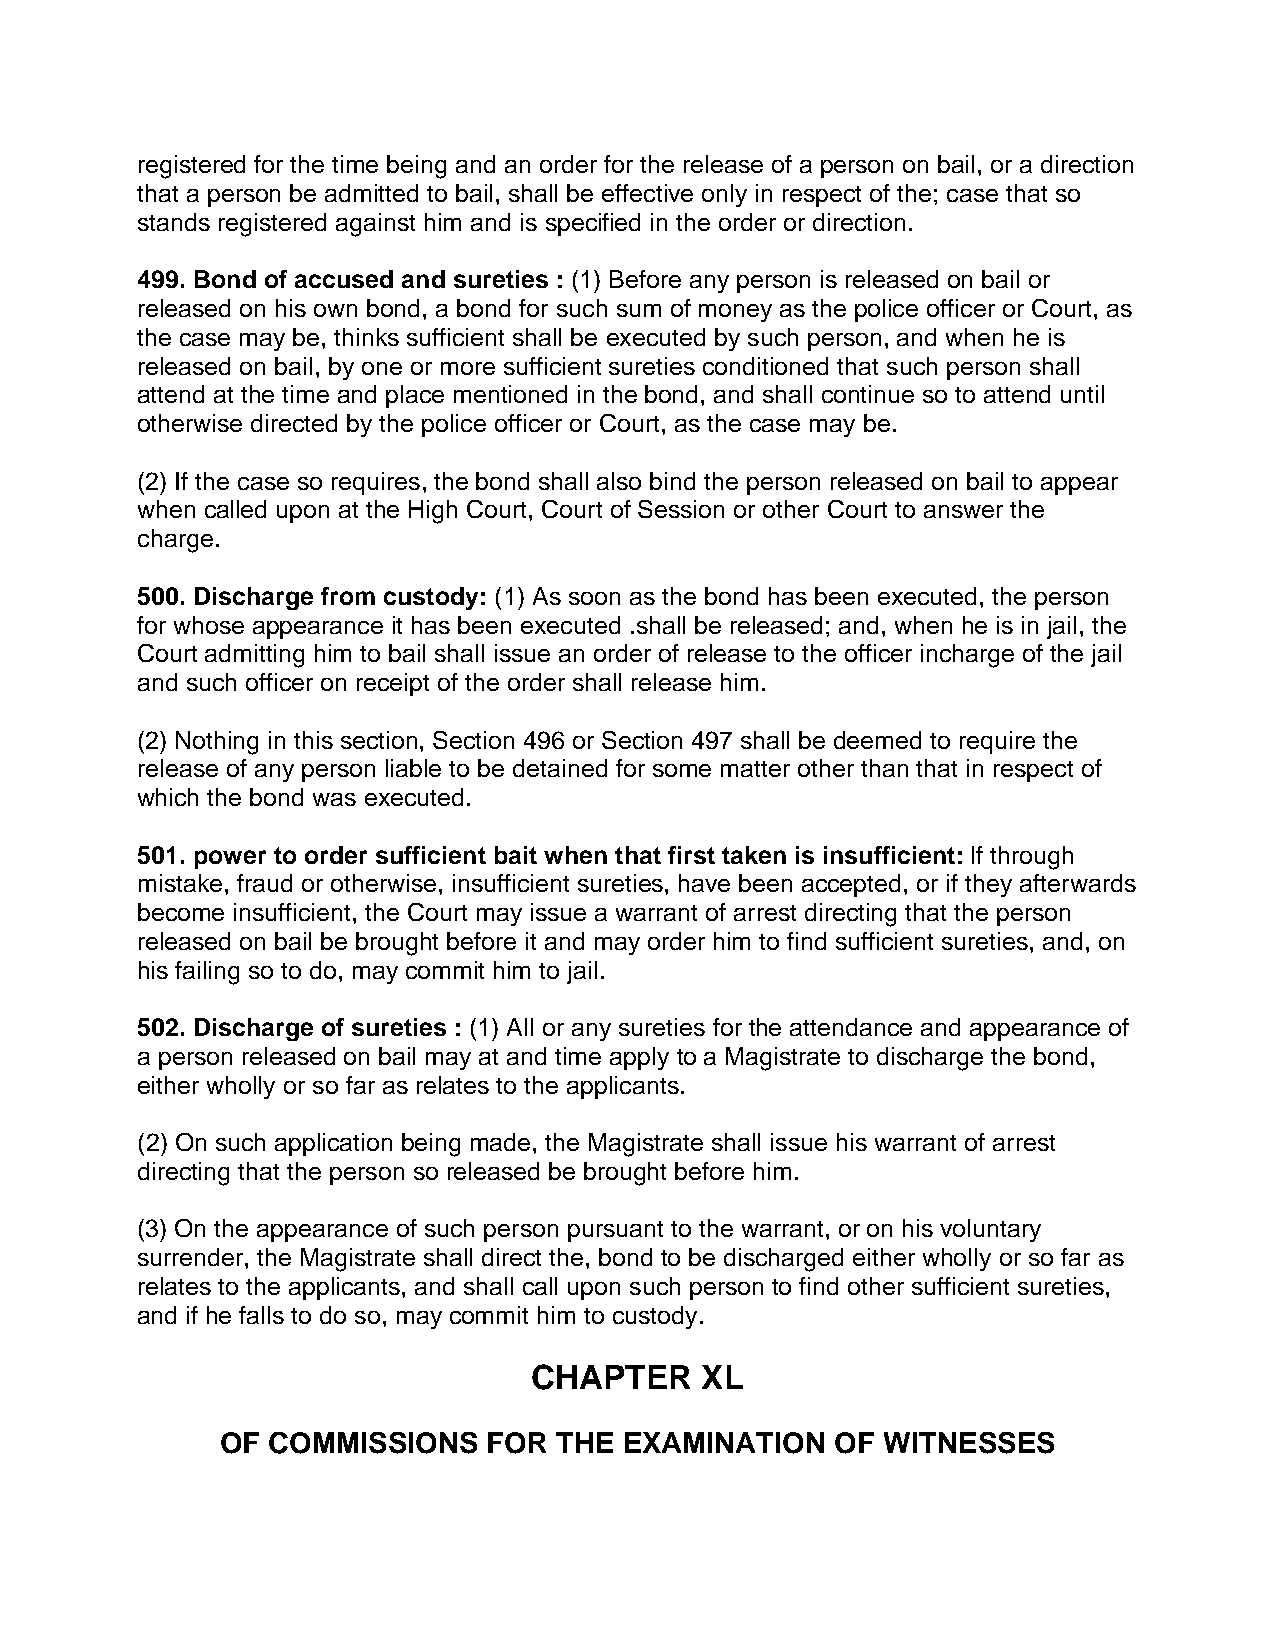
registered for the time being and an order for the release of a person on bail, or a direction
 that a person be admitted to bail, shall be effective only in respect of the; case that so
 stands registered against him and is specified in the order or direction.
 499. Bond of accused and sureties : (1) Before any person is released on bail or
 released on his own bond, a bond for such sum of money as the police officer or Court, as
 the case may be, thinks sufficient shall be executed by such person, and when he is
 released on bail, by one or more sufficient sureties conditioned that such person shall
 attend at the time and place mentioned in the bond, and shall continue so to attend until
 otherwise directed by the police officer or Court, as the case may be.
 (2) If the case so requires, the bond shall also bind the person released on bail to appear
 when called upon at the High Court, Court of Session or other Court to answer the
 charge.
 500. Discharge from custody: (1) As soon as the bond has been executed, the person
 for whose appearance it has been executed .shall be released; and, when he is in jail, the
 Court admitting him to bail shall issue an order of release to the officer incharge of the jail
 and such officer on receipt of the order shall release him.
 (2) Nothing in this section, Section 496 or Section 497 shall be deemed to require the
 release of any person liable to be detained for some matter other than that in respect of
 which the bond was executed.
 501. power to order sufficient bait when that first taken is insufficient: lf through
 mistake, fraud or otherwise, insufficient sureties, have been accepted, or if they afterwards
 become insufficient, the Court may issue a warrant of arrest directing that the person
 released on bail be brought before it and may order him to find sufficient sureties, and, on
 his failing so to do, may commit him to jail.
 502. Discharge of sureties : (1) All or any sureties for the attendance and appearance of
 a person released on bail may at and time apply to a Magistrate to discharge the bond,
 either wholly or so far as relates to the applicants.
 (2) On such application being made, the Magistrate shall issue his warrant of arrest
 directing that the person so released be brought before him.
 (3) On the appearance of such person pursuant to the warrant, or on his voluntary
 surrender, the Magistrate shall direct the, bond to be discharged either wholly or so far as
 relates to the applicants, and shall call upon such person to find other sufficient sureties,
 and if he falls to do so, may commit him to custody.
 CHAPTER    XL
 OF COMMISSIONS   FOR  THE EXAMINATION   OF  WITNESSES